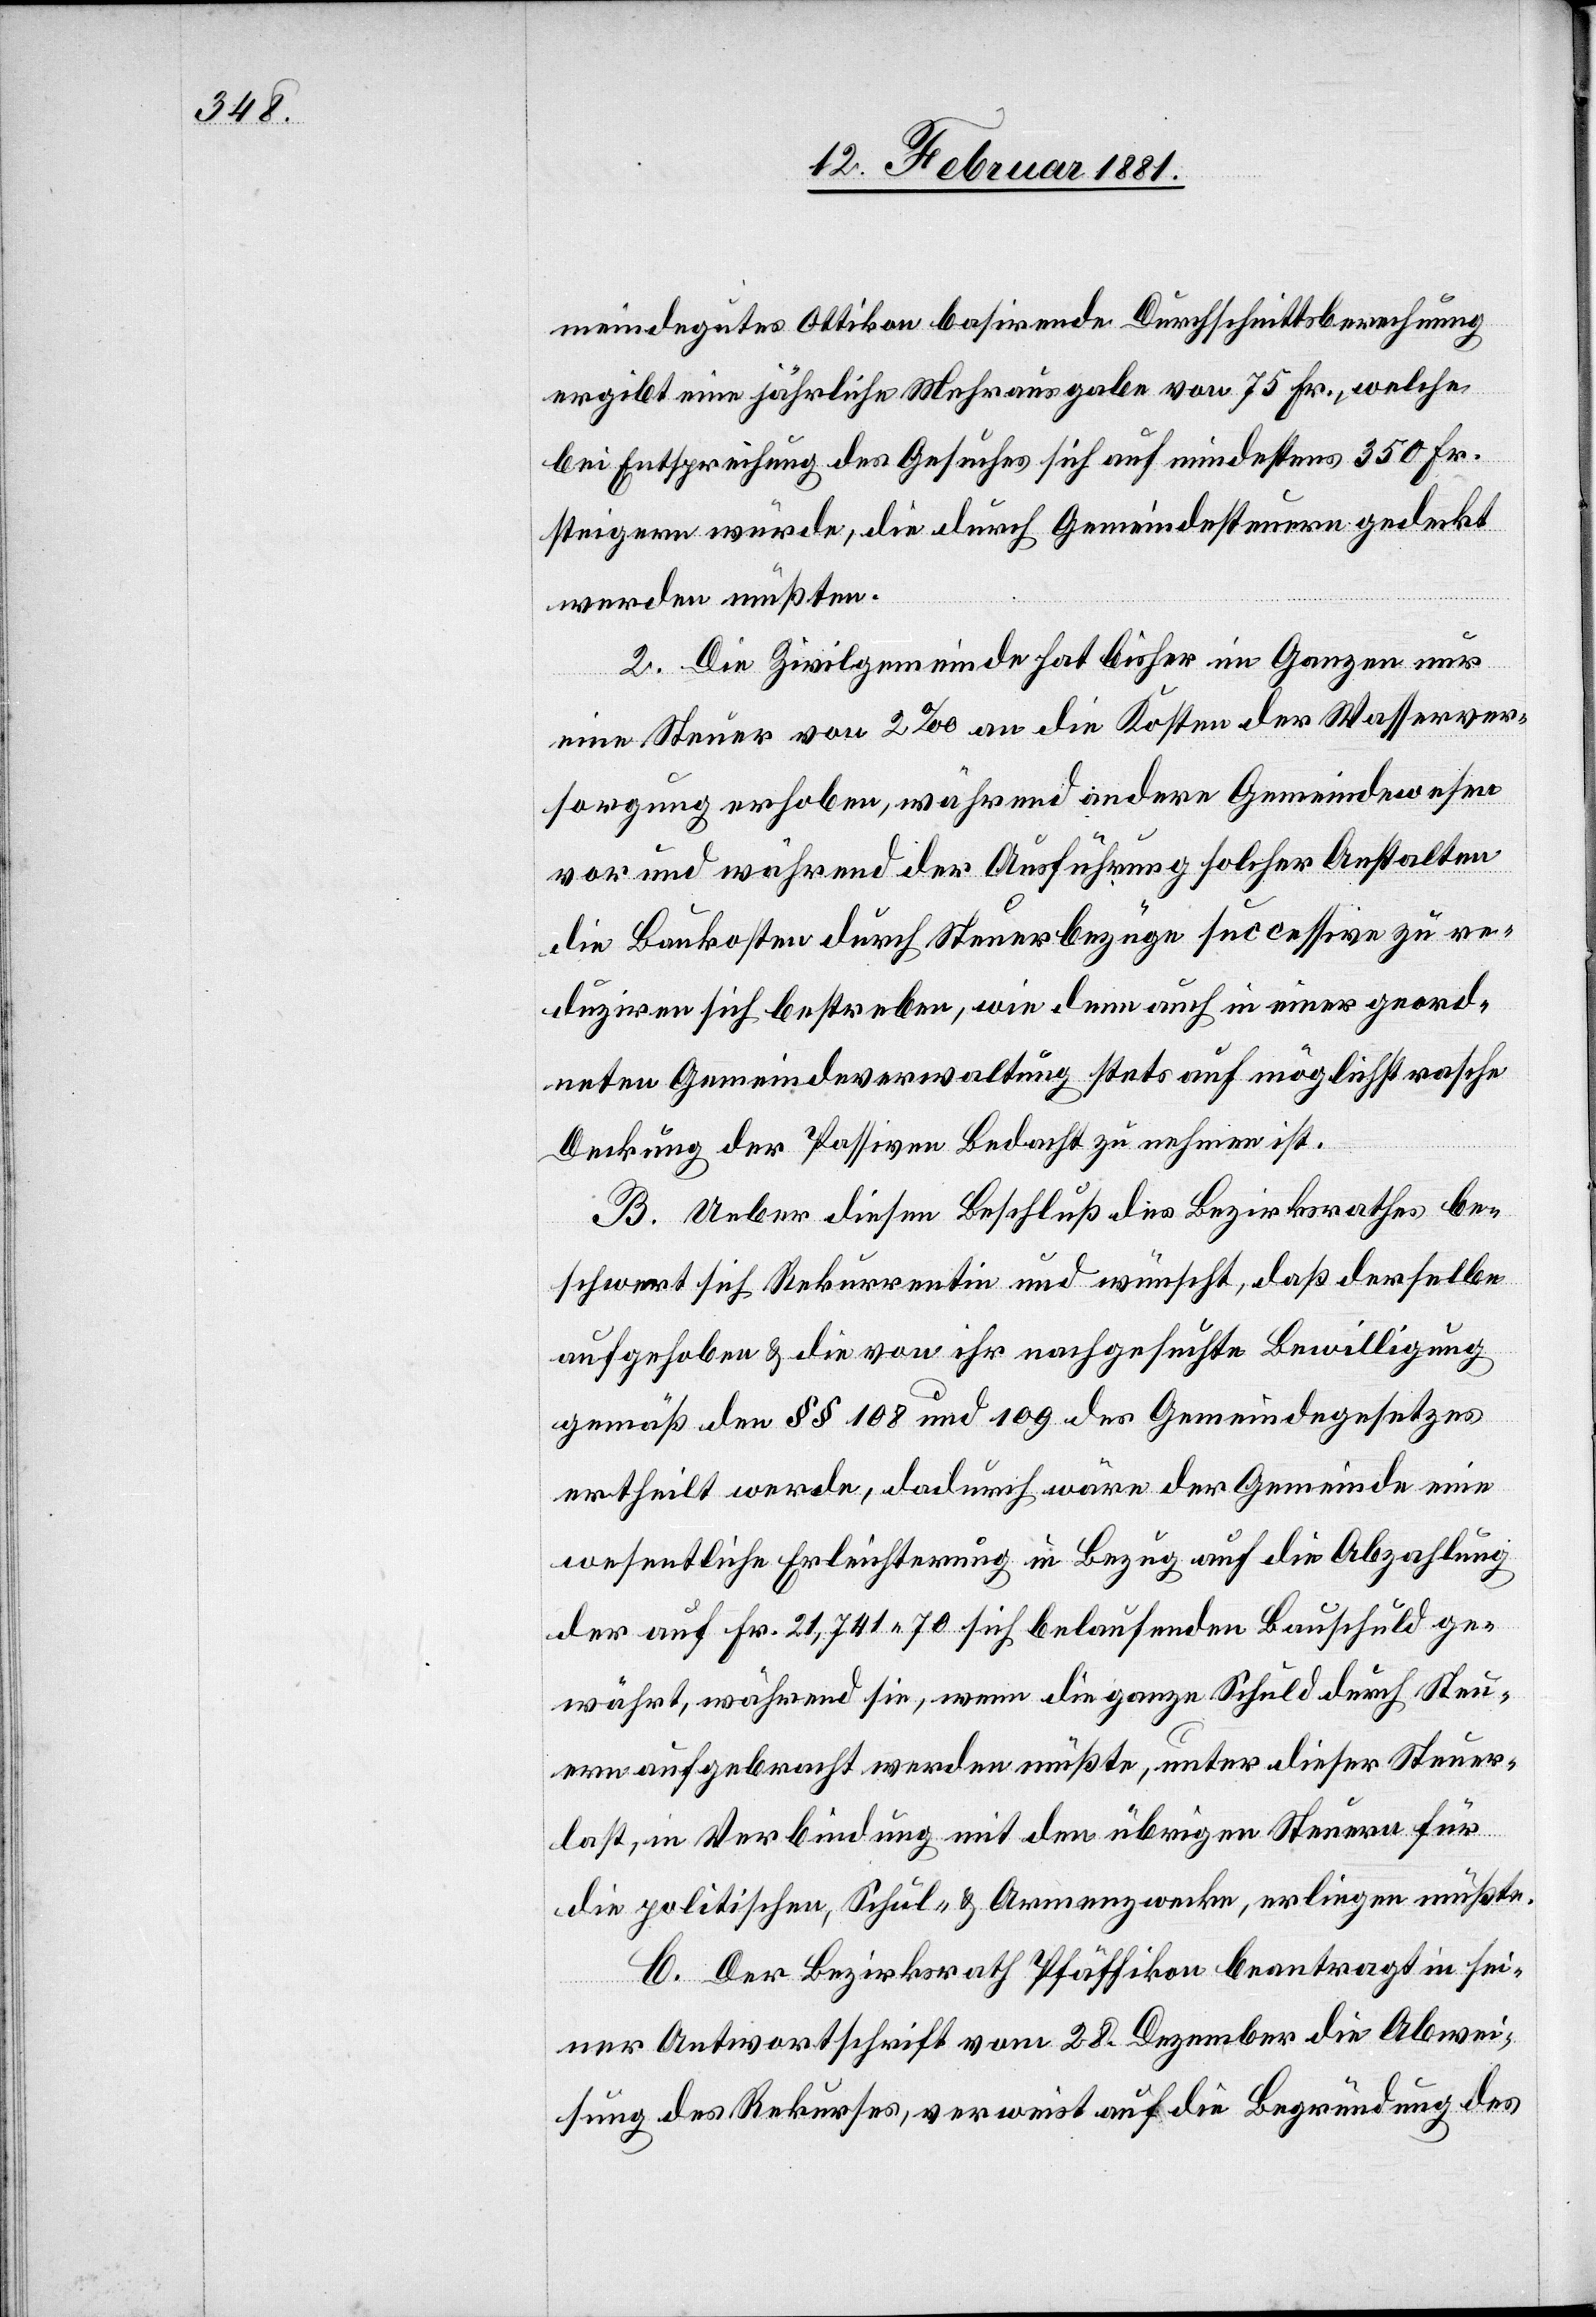
meindegutes Ottikon basirende Durchschnittsberechnung
ergibt eine jährlich Mehrausgabe von 75. Fr., welche
bei Entsprechung des Gesuches sich auf mindestens 350 Fr.
steigern würde, die durch Gemeindesteuern gedeckt
werden müßten.
2.j Die Zivilgemeinde hat bisher im Ganzen nur
eine Steuer von 2‰ an die Kosten der Wasserver¬
sorgung erhoben, während andere Gemeindewesen
vor und während der Ausführung solcher Anstalten
die Baukosten durch Steuerbezüge successive zu re¬
duziren sich bestreben, wie denn auch in einer geord¬
neten Gemeindeverwaltung stets auf möglichst rasche
Deckung der passiven Bedacht zu nehmen ist.
B. Ueber diesen Beschluß des Bezirksrathes be¬
schert sich Rekurrentin und Wünscht, daß derselbe
aufgehoben & die von ihr nachgesuchte Bewilligung
gemäß den §§ 108 und 109 des Gemeindegesetzes
ertheilt werde, dadurch wäre der Gemeinde eine
wesentliche Erleichterung in Bezug auf die Abzahlung
der auf Fr. 21,741 70 sich belaufenden Bauschuld ge¬
währt, während sie, wenn die ganze Schuld durch Steu¬
ern aufgebracht werden müßte, unter dieser Steuer¬
last, in Verbindung mit den übrigen Steuern für
die politischen Schul- und Armenzwecke, erliegen müßte.
C. Der Bezirksrath Pfäffikon beantragt in sei¬
ner Antwortschrift vom 28. Dezember die Abwei¬
sung des Rekurses, verweist auf die Begründung des